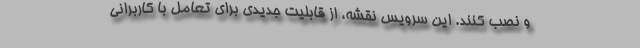
و نصب کنند. این سرویس نقشه، از قابلیت جدیدی برای تعامل با کاربرانی